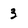
Character: 3